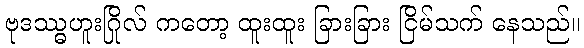
ဗုဒဿ္ဓဟူးဂြိုလ် ကတော့ ထူးထူး ခြားခြား ငြိမ်သက် နေသည်။